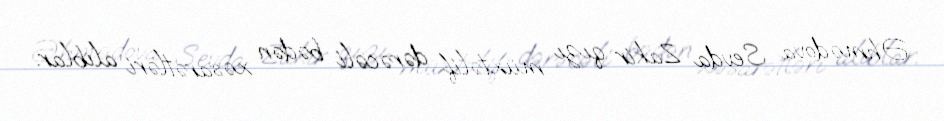
Əhmədova Sevda Zakir qızı müxtəlif dərəcəli bədən xəsarətləri alıblar.